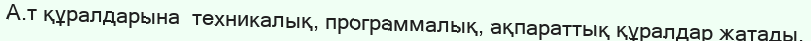
А.т құралдарына  техникалық, программалық, ақпараттық құралдар жатады.